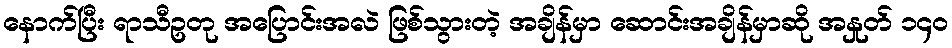
နောက်ပြီး ရာသီဥတု အပြောင်းအလဲ ဖြစ်သွားတဲ့ အချိန်မှာ ဆောင်းအချိန်မှာဆို အနှုတ် ၁၄၀